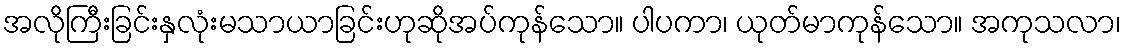
အလိုကြီးခြင်းနှလုံးမသာယာခြင်းဟုဆိုအပ်ကုန်သော။ ပါပကာ၊ ယုတ်မာကုန်သော။ အကုသလာ၊